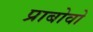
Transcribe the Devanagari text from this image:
प्राबोवो